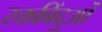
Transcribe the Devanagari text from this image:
रक्तबिंदुओं